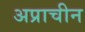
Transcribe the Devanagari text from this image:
अप्राचीन